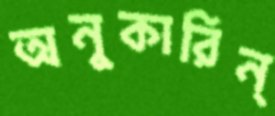
অনুকারিন্